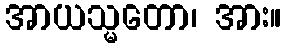
အာယသ္မတော၊ အား။